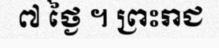
៧ ថ្ងៃ ។ ព្រះរាជ